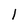
Character: l